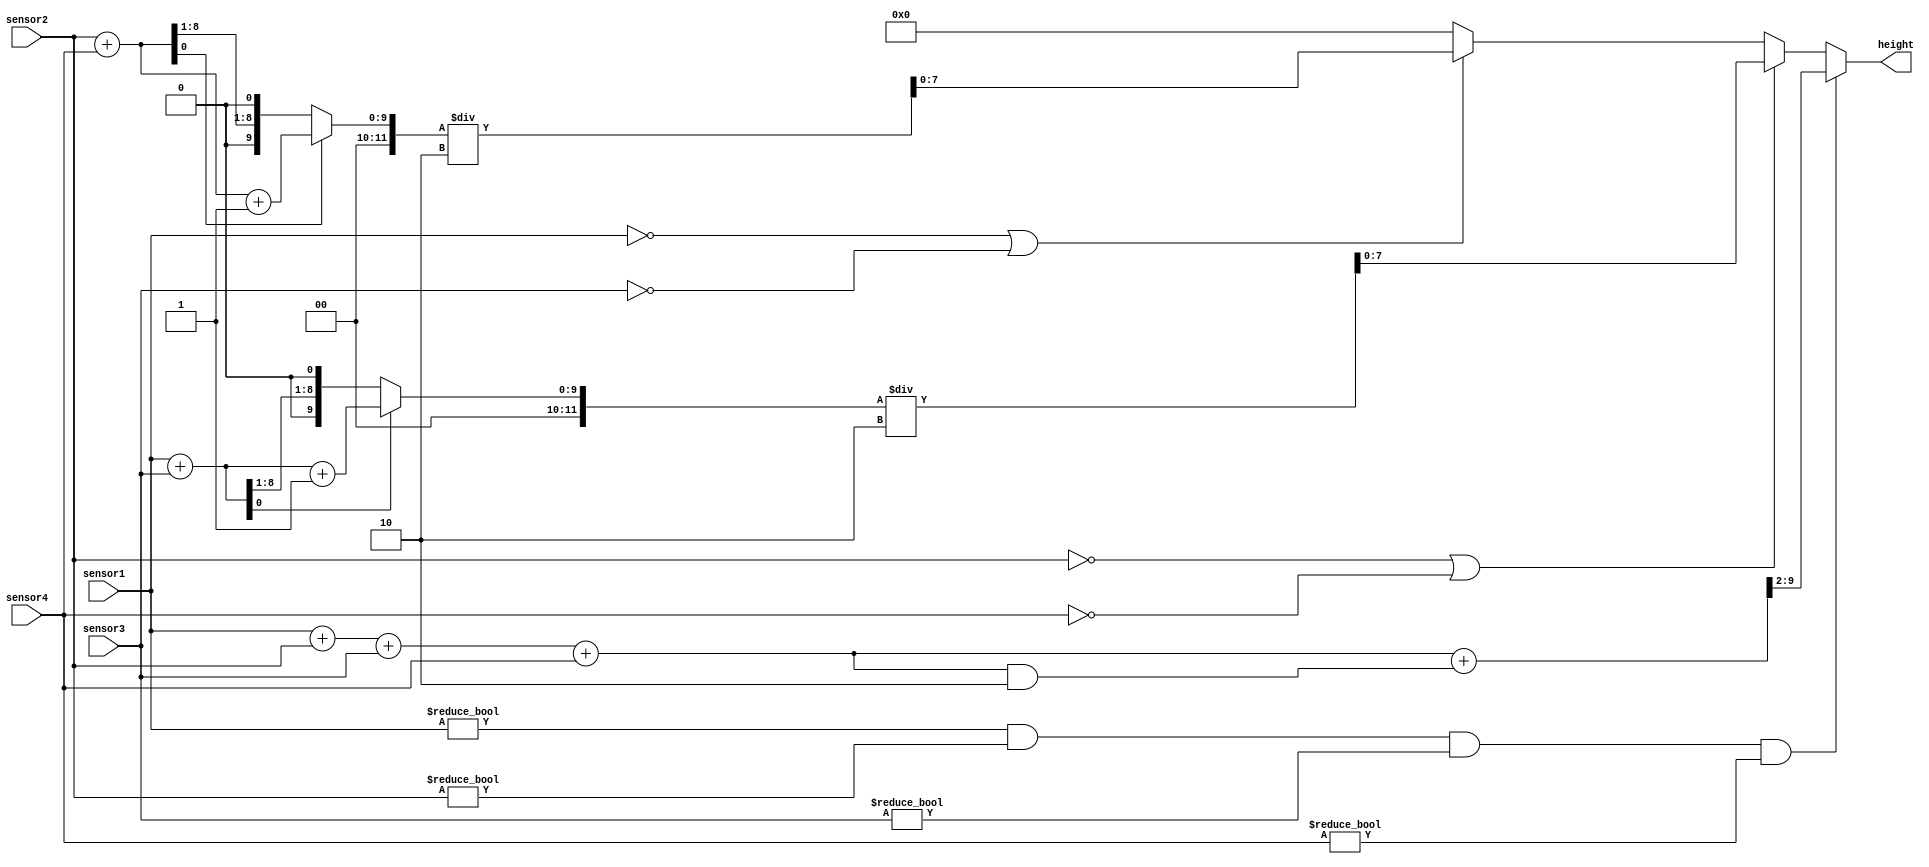
`timescale 1ns / 1ps
//////////////////////////////////////////////////////////////////////////////////
// Company: 
// Engineer: 
// 
// Design Name: 
// Module Name:    sensors_input 
// Project Name: 
// Target Devices: 
// Tool versions: 
// Description: 
//
// Dependencies: 
//
// Revision: 
// Revision 0.01 - File Created
// Additional Comments: 
//
//////////////////////////////////////////////////////////////////////////////////
module sensors_input (
   output reg   [7 : 0]   height,
   input    [7 : 0]   sensor1,
   input  [7 : 0]   sensor2,
   input   [7 : 0]   sensor3,
   input   [7 : 0]   sensor4);
	
	reg[11:0] sum;
	reg[11:0] sum1;
	reg[11:0]sum2;
	reg[1:0] aux;
	reg[1:0] aux2;
	always @(*) begin
		height = 0;
		aux = 0;
		if(sensor1==0 || sensor3==0) begin
			sum=sensor2+sensor4;
				if(sum[0]==1) begin
					sum=sum+1'b1;
				end
			height=sum/2;
		end
		
		 if(sensor2==0 || sensor4==0) begin 
			sum=sensor1+sensor3;
				if(sum[0]==1) begin
					sum=sum+1'b1;
				end
			height=sum/2;
		end
		
		if(sensor1!=0 && sensor2!=0 && sensor3!=0 && sensor4!=0 ) begin
			sum=sensor1+sensor2+sensor3+sensor4;
			sum1=sensor1+sensor3;
			sum2=sensor2+sensor4;
			height=sum+(sum&2)>>2;
			
//			height=sum/4;
		end
//		
//				if(sum[0]==4 || sum[0]==3 || sum[0]==2 ) begin
//			height=sum/4+1'b1;
//		end
		end
endmodule
		
		
//			//sum1=sensor1+sensor3;
//			//sum2=sensor2+sensor4;
//			//sum=sum1+sum2;
//			//if(sum1[0]==1) begin
//			//sum1=sum1+1'b1;
//			//end
//			//if(sum2[0]==1) begin
//			//sum2=sum2+1'b1;
//			end
//			if(sum1[0]+sum2[0]%2==0 && sum1[0]+sum2[0]%4==0) begin
//				sum2=sum2+1'b1;
//				end
//			if(sum[1]==1) begin
//				sum=sum+2'b1;
//				end
//			
//			height=(sum1+sum2)/4;		
//				end		
//			end


			//if((sensor1[0]==1 && sensor2[0]==1 && sensor3[0]==1  && sensor4[0]==0)) begin
				//height=height+1;
			//end
	
			//if(sensor1[0]==0 && sensor2[0]==1 && sensor3[0]==1  && sensor4[0]==1) begin
				//height=height+1;
			//end
			//if(sensor1[0]==1 && sensor2[0]==1 && sensor3[0]==0 && sensor4[0]==0) begin
					//height=height+1;
			//end
			
			//if(sensor1[0]==1 && sensor2[0]==0&& sensor3[0]==0  && sensor4[0]==1) begin
					//hight=height+1;
			//end
		//	if(sensor1[0]==0 && sensor2[0]==1 && sensor3[0]==1 && sensor4[0]==0) begin
					//height=height+1;
//end
			//if(sensor1[0]==1 && sensor2[0]==0 && sensor3[0]==0  && sensor4[0]==0) begin
					//height=height+1;
			//end
			//if(sensor1[0]==0 && sensor2[0]==0 && sensor3[0]==0  && sensor4[0]==0) begin
					//height=height+1;
			//end
			//if(sensor1[0]==1 && sensor2[0]==0 && sensor3[0]==1  && sensor4[0]==0) begin
					//height=height+1;
			//end
			//if(sensor1[0]==1 && sensor2[0]==1 && sensor3[0]==1  && sensor4[0]==1) begin
					//height=height+2;
			//end
			
		//end